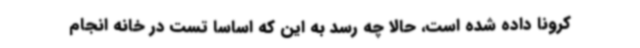
کرونا داده شده است، حالا چه رسد به این که اساسا تست در خانه انجام